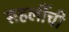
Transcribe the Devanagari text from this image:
सहलींची